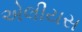
એલીયસ